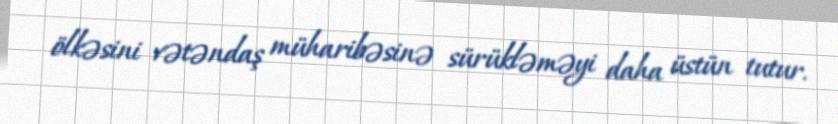
ölkəsini vətəndaş müharibəsinə sürükləməyi daha üstün tutur.